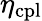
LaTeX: \eta_{\mathrm{cpl}}